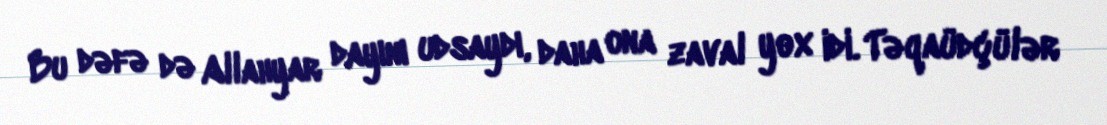
Bu dəfə də Allahyar dayını udsaydı, daha ona zaval yox idi. Təqaüdçülər